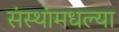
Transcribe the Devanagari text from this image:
संस्थांमधल्या